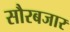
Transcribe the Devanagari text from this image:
सौरबजार